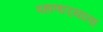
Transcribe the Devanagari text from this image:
पहाणार्‍याला